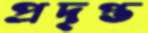
প্রদৃপ্ত